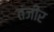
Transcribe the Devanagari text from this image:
तंजीर